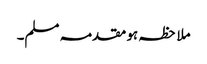
ملاحظہ ہو مقدمہ مسلم۔